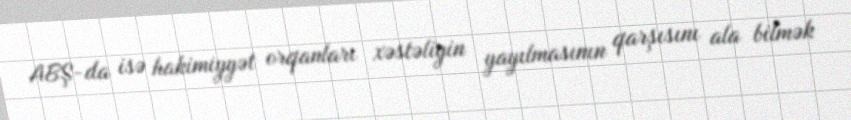
ABŞ-da isə hakimiyyət orqanları xəstəliyin yayılmasının qarşısını ala bilmək